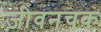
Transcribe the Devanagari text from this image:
जीवनचक